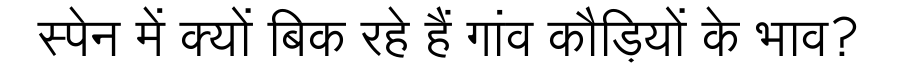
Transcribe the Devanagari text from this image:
स्पेन में क्यों बिक रहे हैं गांव कौड़ियों के भाव?